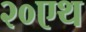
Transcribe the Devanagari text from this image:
२०एथ